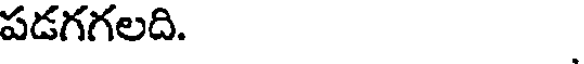
పడగగలది.